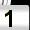
Digit: 1